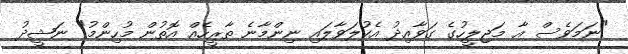
"ނަމަވެސް އާ މަޖިލީހުގެ ގަވާއިދު އެކުލަވާލައި ނިންމާނެ ތާރީހެއް އޮތުން މުހިންމު" ނަޝީދު